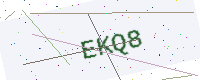
Text: EKQ8